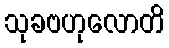
သုခဗဟုလောတိ